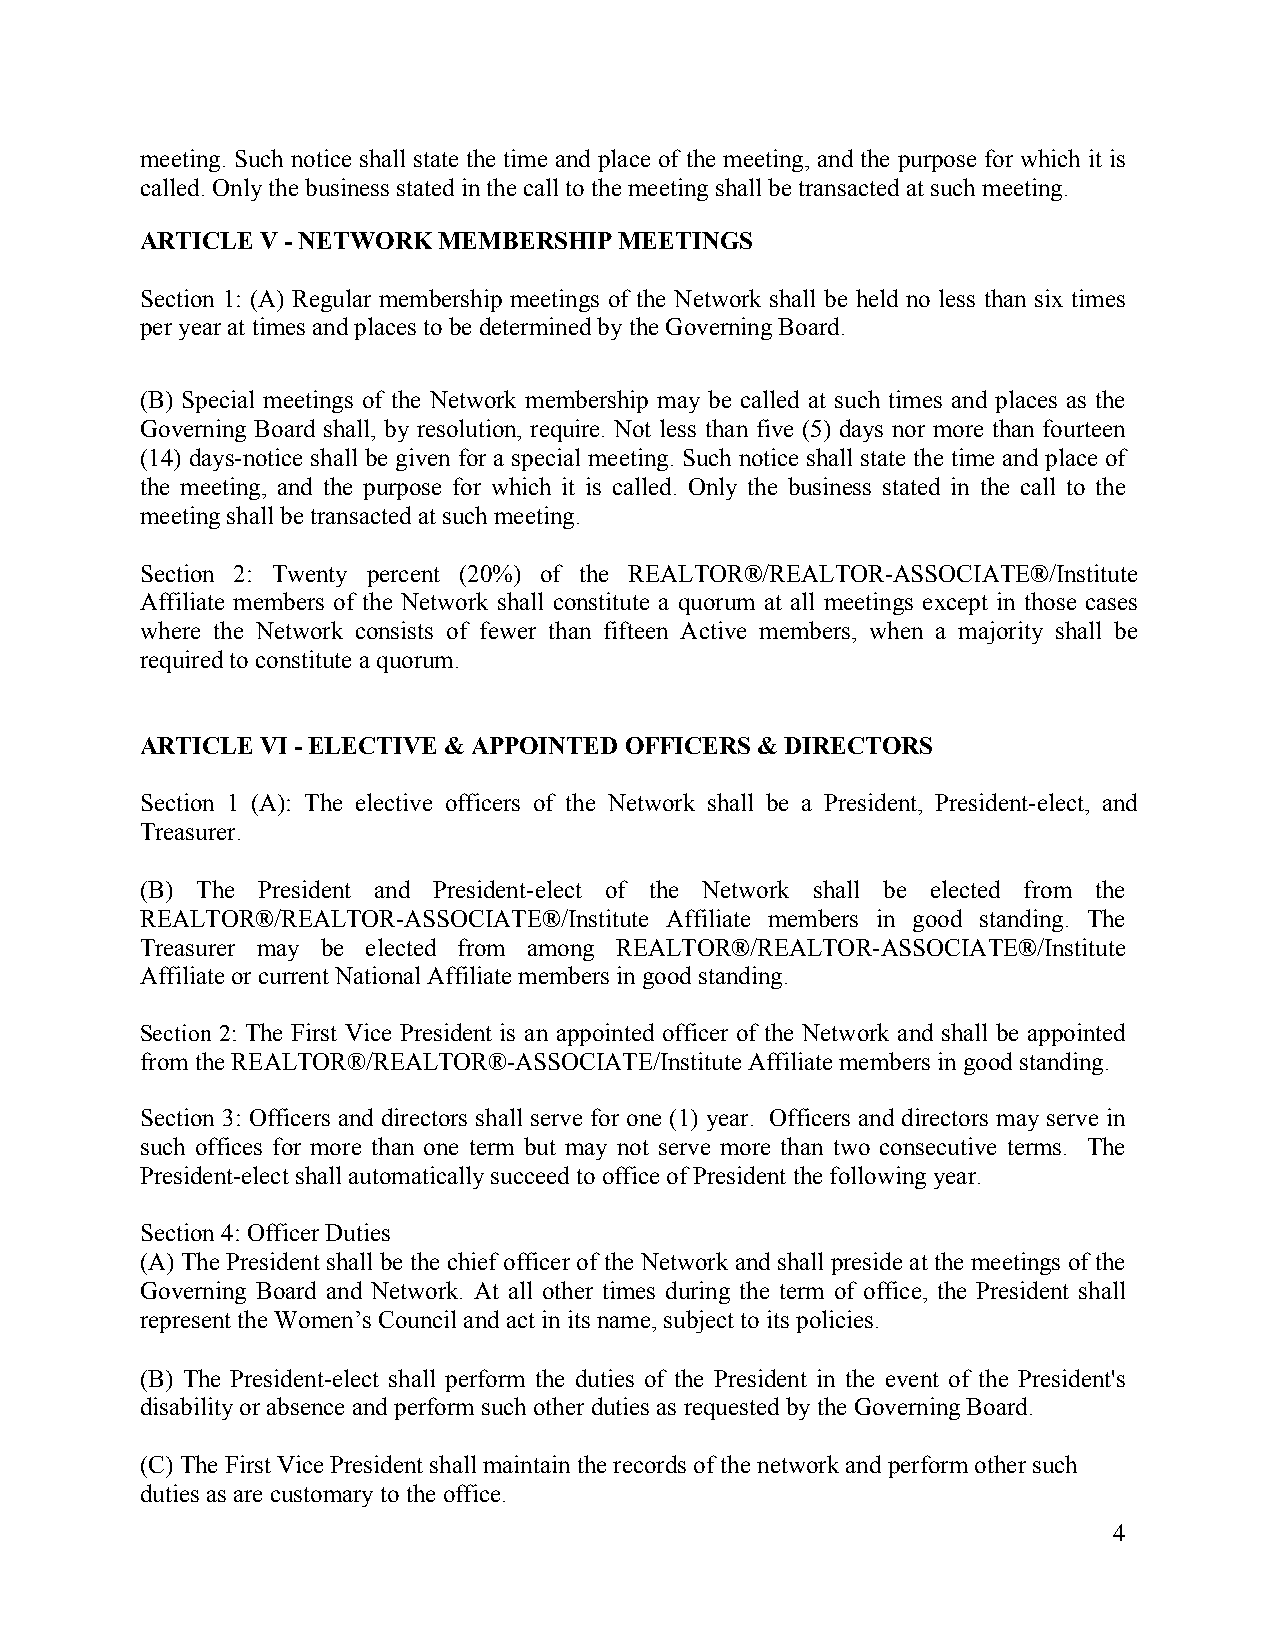
meeting. Such notice shall state the time and place of the meeting, and the purpose for which it is
 called. Only the business stated in the call to the meeting shall be transacted at such meeting.
 ARTICLE V - NETWORK MEMBERSHIP  MEETINGS
 Section 1: (A) Regular membership meetings of the Network shall be held no less than six times
 per year at times and places to be determined by the Governing Board.
 (B) Special meetings of the Network membership may be called at such times and places as the
 Governing Board shall, by resolution, require. Not less than five (5) days nor more than fourteen
 (14) days-notice shall be given for a special meeting. Such notice shall state the time and place of
 the meeting, and the purpose for which it is called. Only the business stated in the call to the
 meeting shall be transacted at such meeting.
 Section 2: Twenty percent (20%) of the REALTOR®/REALTOR-ASSOCIATE®/Institute
 Affiliate members of the Network shall constitute a quorum at all meetings except in those cases
 where the Network consists of fewer than fifteen Active members, when a majority shall be
 required to constitute a quorum.
 ARTICLE VI - ELECTIVE & APPOINTED OFFICERS & DIRECTORS
 Section 1 (A): The elective officers of the Network shall be a President, President-elect, and
 Treasurer.
 (B) The President and President-elect of the Network shall be elected from the
 REALTOR®/REALTOR-ASSOCIATE®/Institute Affiliate members in good standing. The
 Treasurer may be elected from among REALTOR®/REALTOR-ASSOCIATE®/Institute
 Affiliate or current National Affiliate members in good standing.
 Section 2: The First Vice President is an appointed officer of the Network and shall be appointed
 from the REALTOR®/REALTOR®-ASSOCIATE/Institute Affiliate members in good standing.
 Section 3: Officers and directors shall serve for one (1) year. Officers and directors may serve in
 such offices for more than one term but may not serve more than two consecutive terms. The
 President-elect shall automatically succeed to office of President the following year.
 Section 4: Officer Duties
 (A) The President shall be the chief officer of the Network and shall preside at the meetings of the
 Governing Board and Network. At all other times during the term of office, the President shall
 represent the Women’s Council and act in its name, subject to its policies.
 (B) The President-elect shall perform the duties of the President in the event of the President's
 disability or absence and perform such other duties as requested by the Governing Board.
 (C) The First Vice President shall maintain the records of the network and perform other such
 duties as are customary to the office.
 4